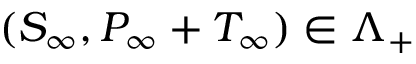
( S _ { \infty } , P _ { \infty } + T _ { \infty } ) \in \Lambda _ { + }